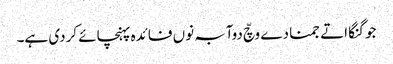
جو گنگا اتے جمنا دے وچّ دوآبہ نوں فائدہ پہنچائے کردی ہے۔